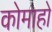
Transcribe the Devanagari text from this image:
कोमाहो